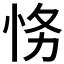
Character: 𱞒